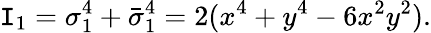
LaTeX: \mathtt{I}_{1}=\sigma_{1}^{4}+\bar{{\sigma}}_{1}^{4}=2(x^{4}+y^{4}-6x^{2}y^{2}).